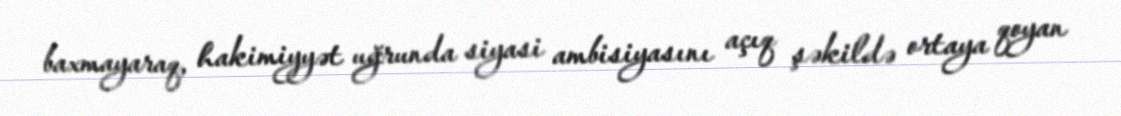
baxmayaraq, hakimiyyət uğrunda siyasi ambisiyasını açıq şəkildə ortaya qoyan